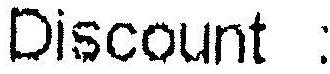
DISCOUNT :